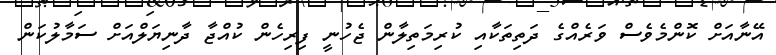
އޭނާއަށް ކޮންމެވެސް ވަރެއްގެ ދަތިތަކާއި ކުރިމަތިލާން ޖެހުނީ ފިރިހެން ކުއްޖާ ދާނިޔަލްއަށް ސަމާލުކަން